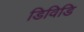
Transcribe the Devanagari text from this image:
डिविडि